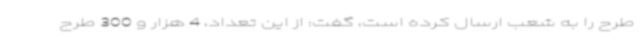
طرح را به شعب ارسال کرده است، گفت: از این تعداد، 4 هزار و 300 طرح